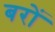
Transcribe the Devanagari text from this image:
बरों